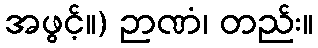
အဖွင့်။) ဉာဏံ၊ တည်း။